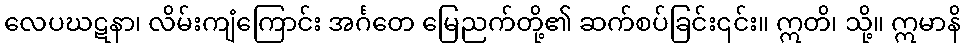
လေပဃဋနာ၊ လိမ်းကျံကြောင်း အင်္ဂတေ မြေညက်တို့၏ ဆက်စပ်ခြင်း၎င်း။ ဣတိ၊ သို့။ ဣမာနိ